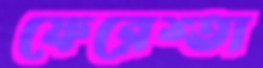
ফেরেশ্তা